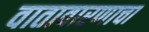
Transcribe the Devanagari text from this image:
वातावारणाचा